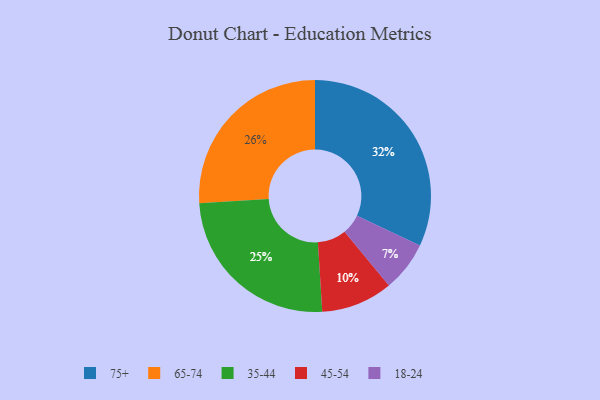
{"axis": {"x": "Category", "y": "Percentage"}, "legend": ["18-24", "35-44", "45-54", "65-74", "75+"], "data": [{"x": "18-24", "y": 7, "type": "18-24"}, {"x": "35-44", "y": 25, "type": "35-44"}, {"x": "45-54", "y": 10, "type": "45-54"}, {"x": "65-74", "y": 26, "type": "65-74"}, {"x": "75+", "y": 32, "type": "75+"}]}